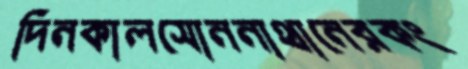
দিনকালসোননাথানেরকং